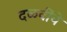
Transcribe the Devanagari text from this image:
दळवींचे